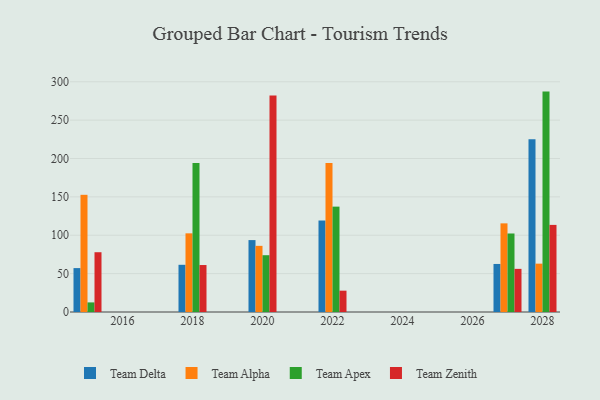
{"axis": {"x": "Year", "y": "Active Users"}, "legend": ["Team Alpha", "Team Apex", "Team Delta", "Team Zenith"], "data": [{"x": "2027", "y": 62.6, "type": "Team Delta"}, {"x": "2027", "y": 115.5, "type": "Team Alpha"}, {"x": "2027", "y": 102.3, "type": "Team Apex"}, {"x": "2027", "y": 56.2, "type": "Team Zenith"}, {"x": "2022", "y": 119.2, "type": "Team Delta"}, {"x": "2022", "y": 194.3, "type": "Team Alpha"}, {"x": "2022", "y": 137.3, "type": "Team Apex"}, {"x": "2022", "y": 27.8, "type": "Team Zenith"}, {"x": "2018", "y": 61.5, "type": "Team Delta"}, {"x": "2018", "y": 102.5, "type": "Team Alpha"}, {"x": "2018", "y": 194.3, "type": "Team Apex"}, {"x": "2018", "y": 61.2, "type": "Team Zenith"}, {"x": "2028", "y": 225.2, "type": "Team Delta"}, {"x": "2028", "y": 63.0, "type": "Team Alpha"}, {"x": "2028", "y": 287.2, "type": "Team Apex"}, {"x": "2028", "y": 113.5, "type": "Team Zenith"}, {"x": "2020", "y": 93.7, "type": "Team Delta"}, {"x": "2020", "y": 86.2, "type": "Team Alpha"}, {"x": "2020", "y": 74.0, "type": "Team Apex"}, {"x": "2020", "y": 282.0, "type": "Team Zenith"}, {"x": "2015", "y": 57.2, "type": "Team Delta"}, {"x": "2015", "y": 152.7, "type": "Team Alpha"}, {"x": "2015", "y": 12.5, "type": "Team Apex"}, {"x": "2015", "y": 77.9, "type": "Team Zenith"}]}